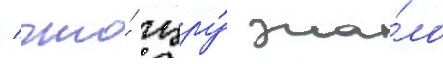
/ что́ цру́ зна́ло